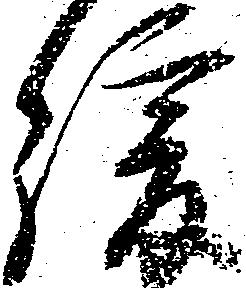
緩